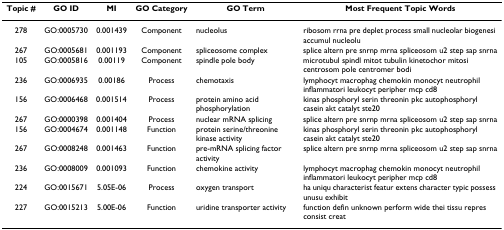
<table><thead><tr><td><b>Topic #</b></td><td><b>GO ID</b></td><td><b>MI</b></td><td><b>GO Category</b></td><td><b>GO Term</b></td><td><b>Most Frequent Topic Words</b></td></tr></thead><tbody><tr><td>278</td><td>GO:0005730</td><td>0.001439</td><td>Component</td><td>nucleolus</td><td>ribosom rrna pre deplet process small nucleolar biogenesi accumul nucleolu</td></tr><tr><td>267</td><td>GO:0005681</td><td>0.001193</td><td>Component</td><td>spliceosome complex</td><td>splice altern pre snrnp mrna spliceosom u2 step sap snrna</td></tr><tr><td>105</td><td>GO:0005816</td><td>0.00119</td><td>Component</td><td>spindle pole body</td><td>microtubul spindl mitot tubulin kinetochor mitosi centrosom pole centromer bodi</td></tr><tr><td>236</td><td>GO:0006935</td><td>0.00186</td><td>Process</td><td>chemotaxis</td><td>lymphocyt macrophag chemokin monocyt neutrophil inflammatori leukocyt peripher mcp cd8</td></tr><tr><td>156</td><td>GO:0006468</td><td>0.001514</td><td>Process</td><td>protein amino acid phosphorylation</td><td>kinas phosphoryl serin threonin pkc autophosphoryl casein akt catalyt ste20</td></tr><tr><td>267</td><td>GO:0000398</td><td>0.001404</td><td>Process</td><td>nuclear mRNA splicing</td><td>splice altern pre snrnp mrna spliceosom u2 step sap snrna</td></tr><tr><td>156</td><td>GO:0004674</td><td>0.001148</td><td>Function</td><td>protein serine/threonine kinase activity</td><td>kinas phosphoryl serin threonin pkc autophosphoryl casein akt catalyt ste20</td></tr><tr><td>267</td><td>GO:0008248</td><td>0.001463</td><td>Function</td><td>pre-mRNA splicing factor activity</td><td>splice altern pre snrnp mrna spliceosom u2 step sap snrna</td></tr><tr><td>236</td><td>GO:0008009</td><td>0.001093</td><td>Function</td><td>chemokine activity</td><td>lymphocyt macrophag chemokin monocyt neutrophil inflammatori leukocyt peripher mcp cd8</td></tr><tr><td>224</td><td>GO:0015671</td><td>5.05E-06</td><td>Process</td><td>oxygen transport</td><td>ha uniqu characterist featur extens character typic possess unusu exhibit</td></tr><tr><td>227</td><td>GO:0015213</td><td>5.00E-06</td><td>Function</td><td>uridine transporter activity</td><td>function defin unknown perform wide thei tissu repres consist creat</td></tr></tbody></table>